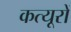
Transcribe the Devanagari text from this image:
कत्यूरों